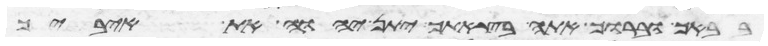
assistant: בבאך וברוך אתה בצאתך יתן יהוה את איביך